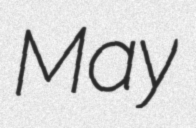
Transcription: May